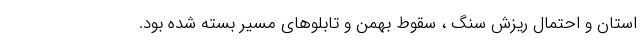
استان و احتمال ریزش سنگ ، سقوط بهمن و تابلوهای مسیر بسته شده بود.